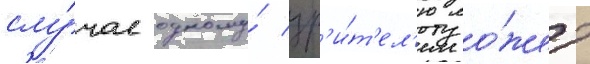
слу́чае одному́ зр'и́т'ел'ю мо́жет